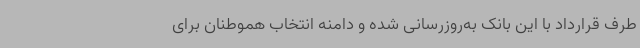
طرف قرارداد با این بانک به‌روزرسانی شده و دامنه انتخاب هموطنان برای